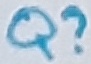
Text: Q?